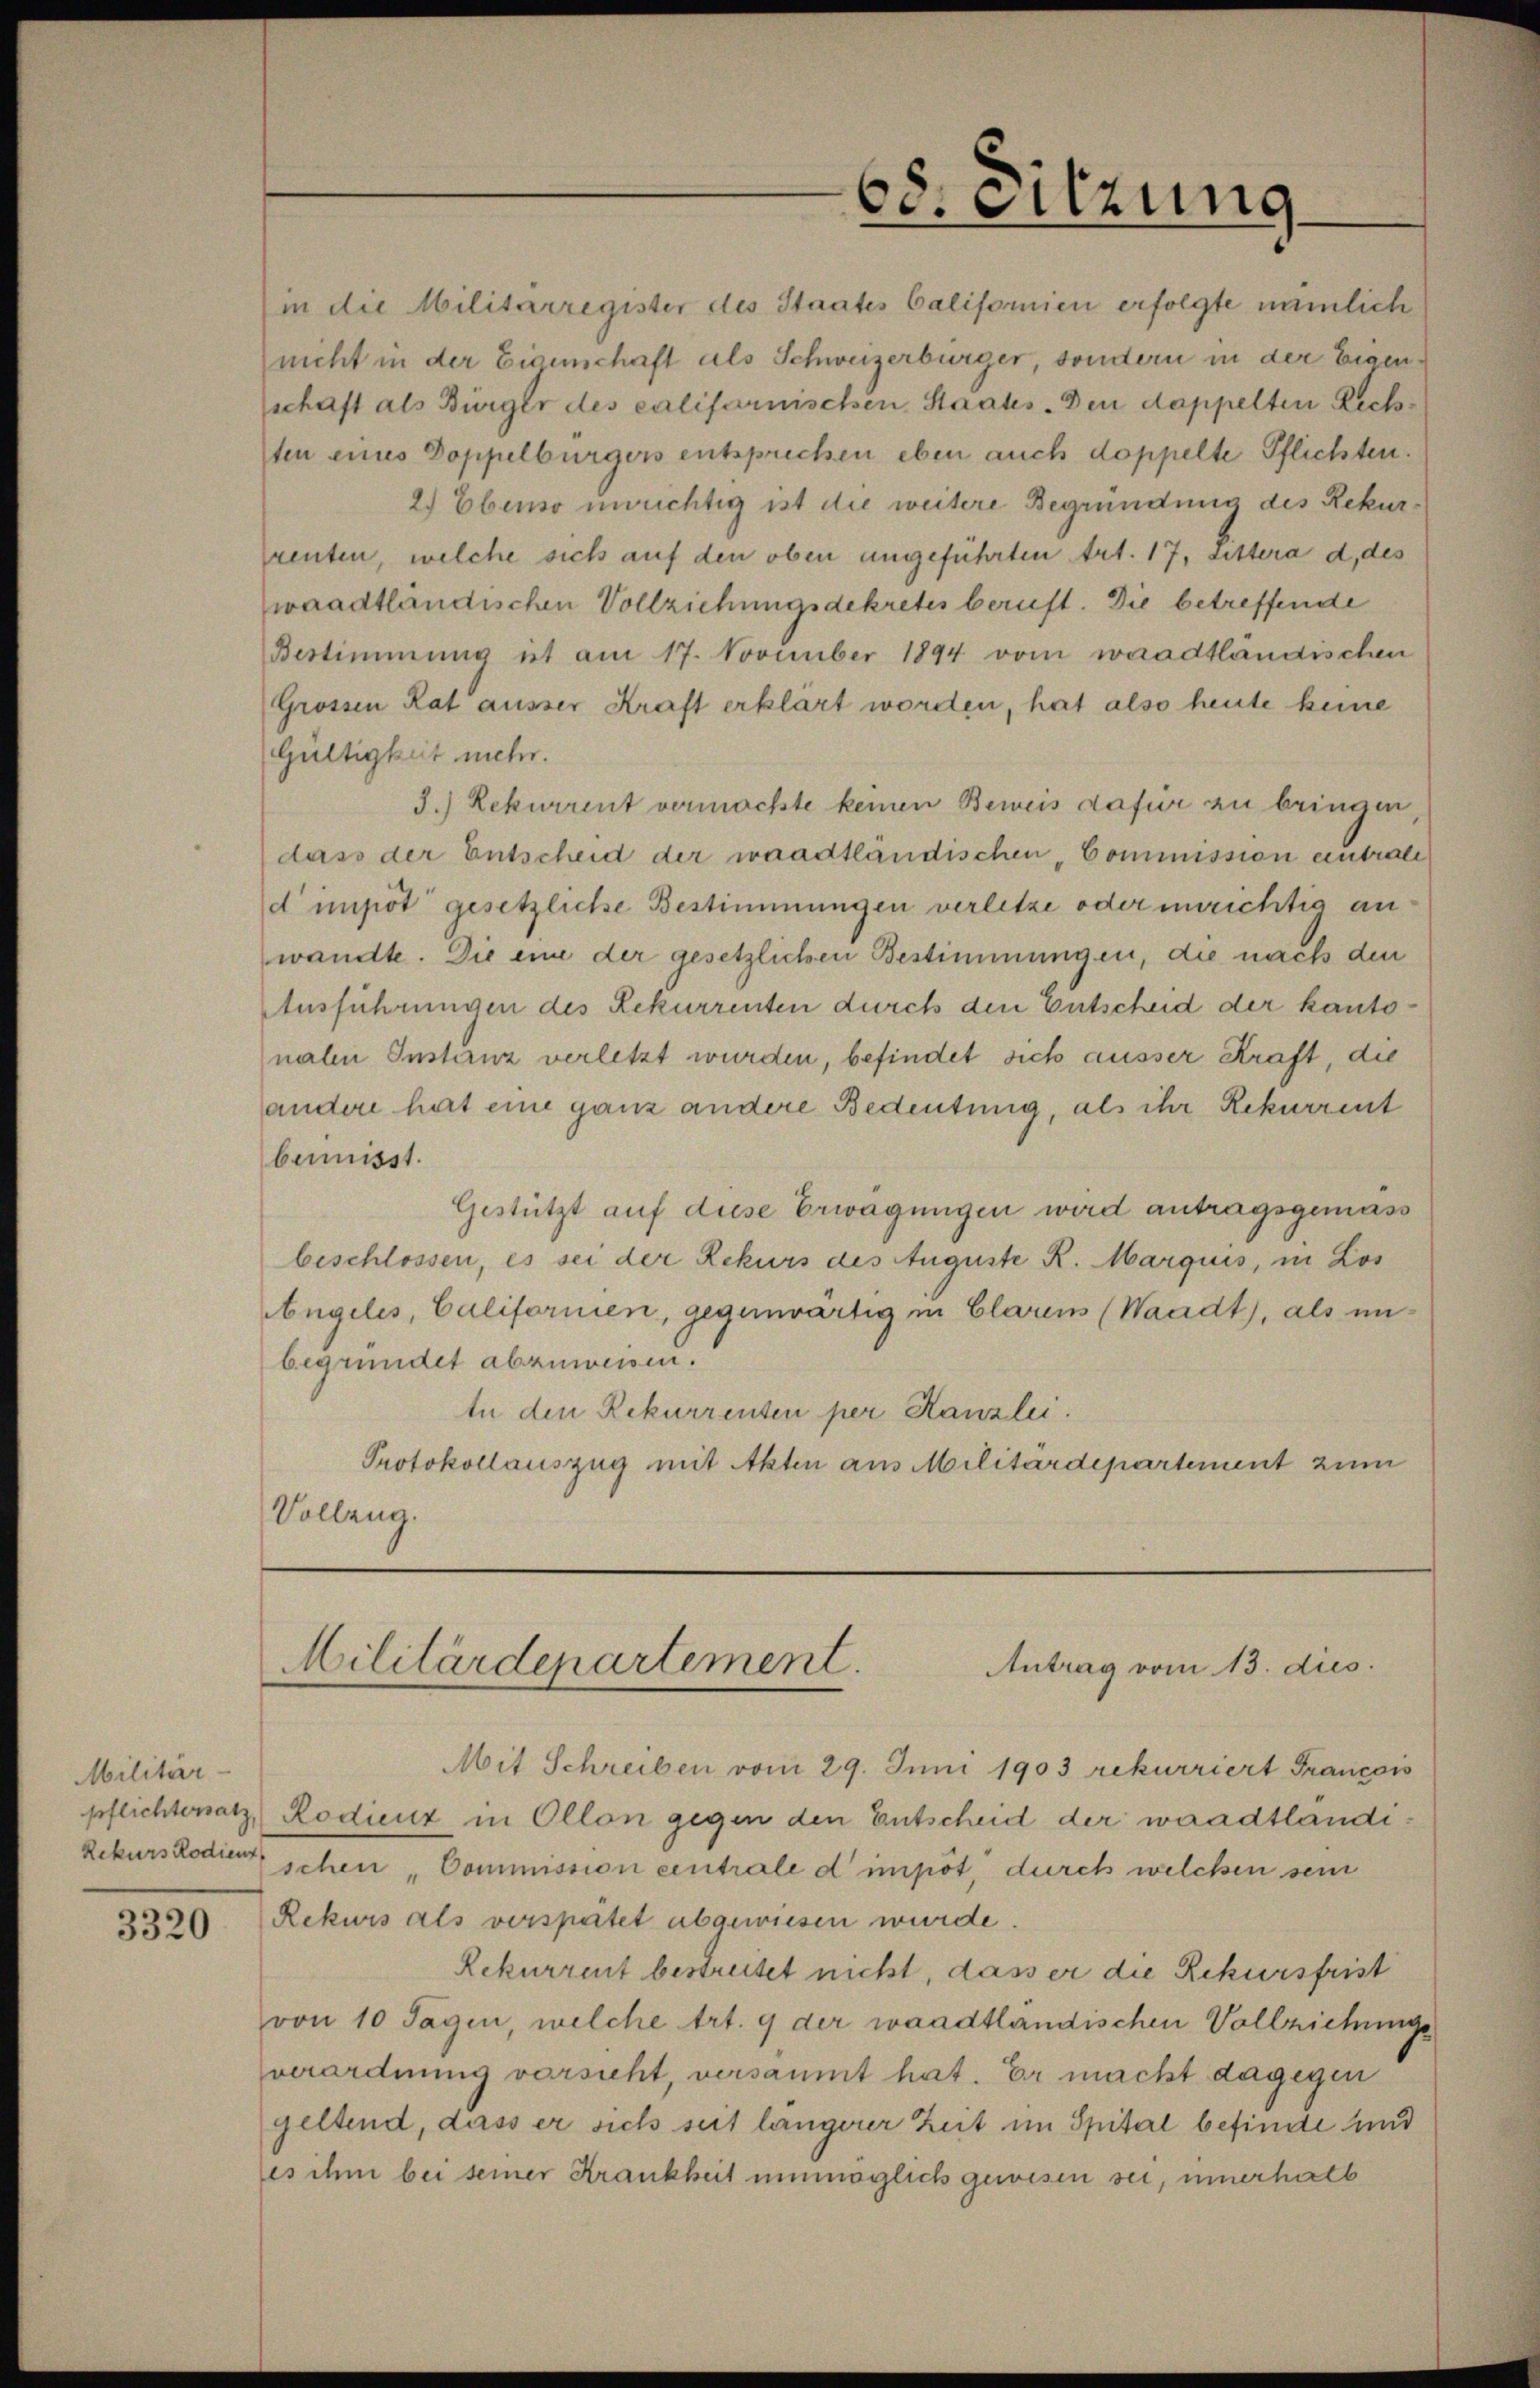
Militär-
Rekurs Rodient

3320

68. Sitzung

(in die Militärregister des Staates Californien erfolgte nämlich
nicht in der Eigenschaft als Schweizerbürger, sondern in der Eigenschaft als Bürger des califarnischen Staates. Den dappelten Rechten eines Doppelburgers entsprechen eben auch doppelte Pflichten.
2.) Ebenso unrichtig ist die weitere Begründung des Rekurrenten, welche sich auf den oben angeführten Art. 17, Littera d. des
waadtländischen Vollziehungsdekretes beruft. Die betreffende
Bestimmung et am 17. November 1894 vom waadtländischen
Grossen Rat ausser Kraft erklärt worden, hat also heute keine
Gültigkeit mehr.
3.) Rekurrent vermochte keinen Beweis dafür zu bringen,
dass der Entscheid der waadtländischen „Commission entrale
d impot gesetzliche Bestimmungen verletze oder unrichtig an
wandte. Die eine der gesetzlichen Bestimmungen, die nach den
Ausführungen des Rekurrenten durch den Entscheid der kantonalen Instanz verletzt wurden, befindet sich ausser Kraft, die
andere hat eine ganz andere Bedeutung, als ihr Rekurrent
bemisst.
Gestützt auf diese Erwägungen wird antragsgemäss
beschlossen, es sei der Rekurs des Auguste R. Marquis, in Los
Angelis, Californien, gegenwärtig in Clarens (Waadt, als un-
begründet abzuweisen.
In den Rekurrenten per Kanzlei.
Protokollauszug mit Akten aus Militärdepartement zum
Vollzug.

Militärdepartement.
Antrag vom 13. dies

Mit Schreiben vom 29. Juni 1903 rekurriert Francois
pflichtersatz, Rodienz in Ollon gegen den Entscheid der waadtländi¬
Eschen Commission centrale d’impôt, durch welchen sein
Rekurs als verspätet abgewiesen wurde.
Rekurrent bestreitet nicht, dass er die Rekursfrist
von 10 Tagen, welche Art. 9 der waadtländischen Vollziehungs
verordnung vorsicht, versammt hat. Er macht dagegen
geltend, dass er sich seit längerer Zeit im Spital befinde und
es ihm bei seiner Krankheit unmöglich gewesen sei, innerhalb